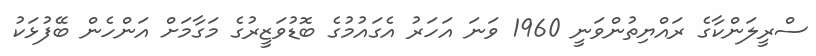
ސްރީލަންކާގެ ރައްޔިތުންވަނީ 1960 ވަނަ އަހަރު އެގައުމުގެ ބޮޑުވަޒީރުގެ މަގާމަށް އަންހެން ބޭފުޅަކު